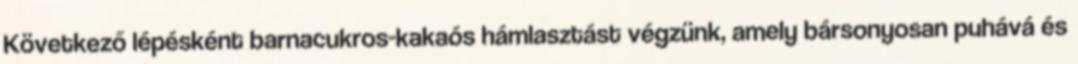
Következő lépésként barnacukros-kakaós hámlasztást végzünk, amely bársonyosan puhává és